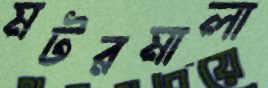
মটরমালা